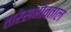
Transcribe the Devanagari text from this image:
तारेसभोवताल